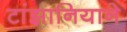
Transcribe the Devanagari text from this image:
टांझानियाने